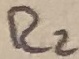
Text: R2